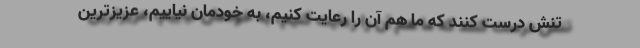
تنش درست کنند که ما هم آن را رعایت کنیم، به خودمان نیاییم، عزیزترین